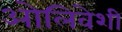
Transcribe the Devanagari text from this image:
ओलिवेशी